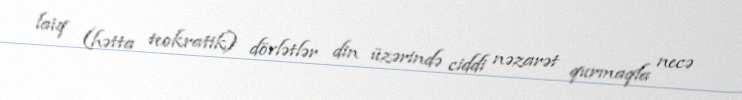
laiq (hətta teokratik) dövlətlər din üzərində ciddi nəzarət qurmaqla necə